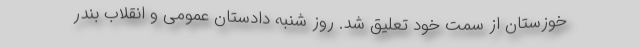
خوزستان از سمت خود تعلیق شد. روز شنبه دادستان عمومی و انقلاب بندر